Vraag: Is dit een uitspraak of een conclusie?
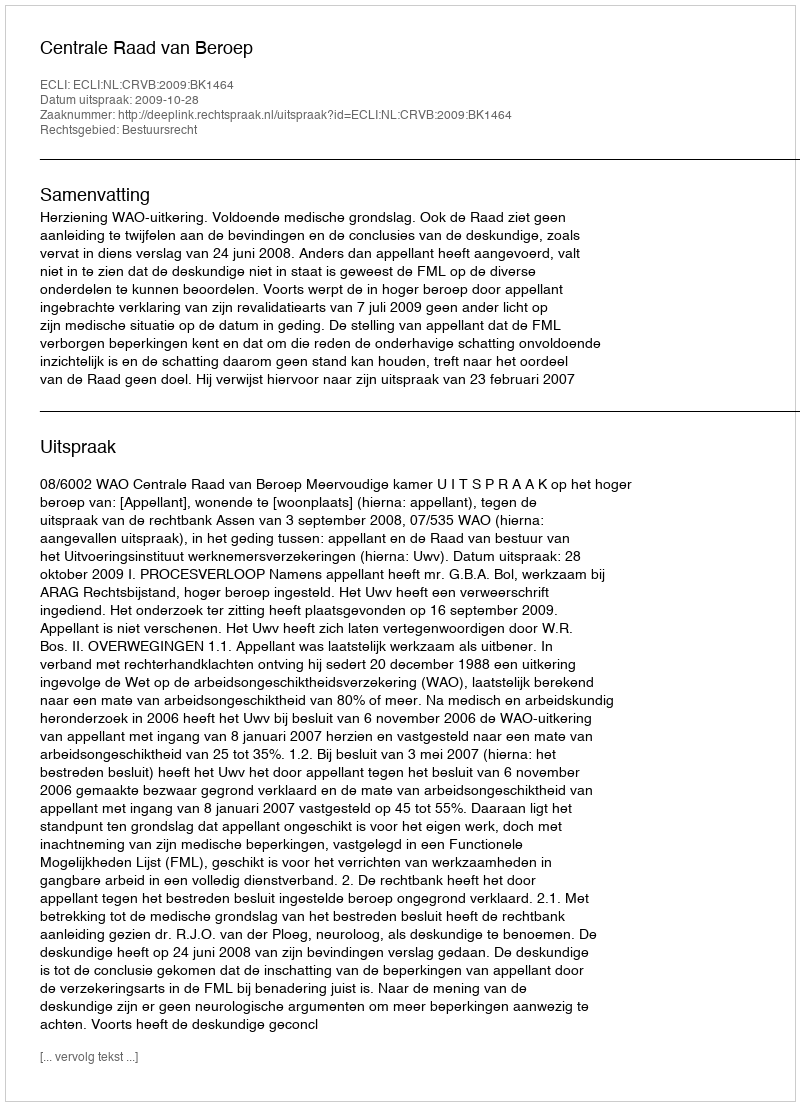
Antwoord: Uitspraak